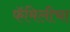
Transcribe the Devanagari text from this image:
फॅमिलीचा